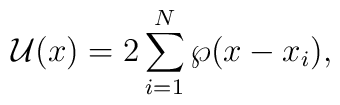
{\cal U}(x)=2\sum_{i=1}^N\wp(x-x_i),